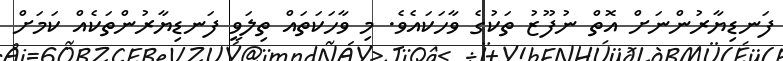
ފަނޑިޔާރުންނަށް އޮތް ނުފޫޒު ތަކުގެ ވާހަކައެވެ. މި ވާހަކަތައް ތިލަވީ ފަނޑިޔާރުންތަކެއް ކަމަށް